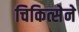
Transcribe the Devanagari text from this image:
चिकित्सेने